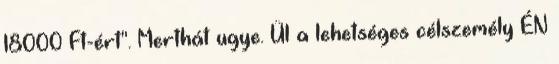
18000 Ft-ért". Merthát ugye. Ül a lehetséges célszemély ÉN